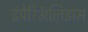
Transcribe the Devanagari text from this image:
इंपेरिॲलिझम